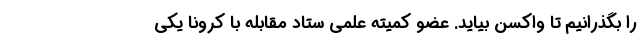
را بگذرانیم تا واکسن بیاید. عضو کمیته علمی ستاد مقابله با کرونا یکی